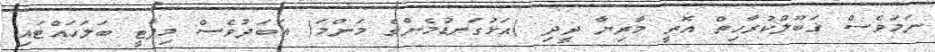
ނަމަވެސް ޤަބޫލްކުރާހިތް އޮތީ މާރިޔާ ދީދި )އަޅުގަނޑުމެންގެ މަންމަ( އަބަދުވެސް މިޕާޓީ ބަލަހައްޓައި